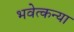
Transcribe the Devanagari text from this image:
भवेत्कन्या